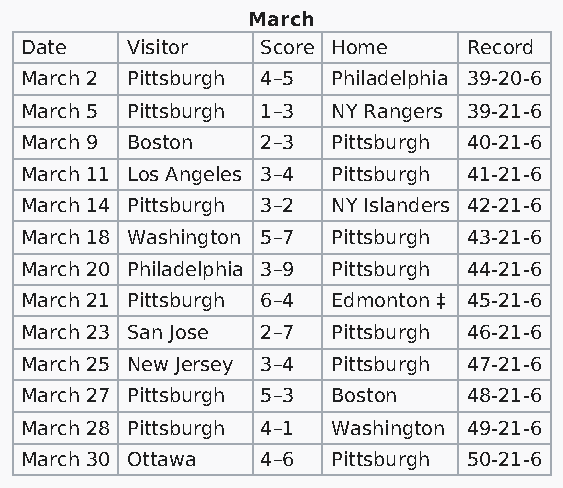
March
 Date   Visitor  Score Home    Record
 March 2 Pittsburgh 4–5 Philadelphia 39-20-6
 March 5 Pittsburgh 1–3 NY Rangers 39-21-6
 March 9 Boston  2–3  Pittsburgh 40-21-6
 March 11 Los Angeles 3–4 Pittsburgh 41-21-6
 March 14 Pittsburgh 3–2 NY Islanders 42-21-6
 March 18 Washington 5–7 Pittsburgh 43-21-6
 March 20 Philadelphia 3–9 Pittsburgh 44-21-6
 March 21 Pittsburgh 6–4 Edmonton ‡ 45-21-6
 March 23 San Jose 2–7 Pittsburgh 46-21-6
 March 25 New Jersey 3–4 Pittsburgh 47-21-6
 March 27 Pittsburgh 5–3 Boston 48-21-6
 March 28 Pittsburgh 4–1 Washington 49-21-6
 March 30 Ottawa 4–6  Pittsburgh 50-21-6